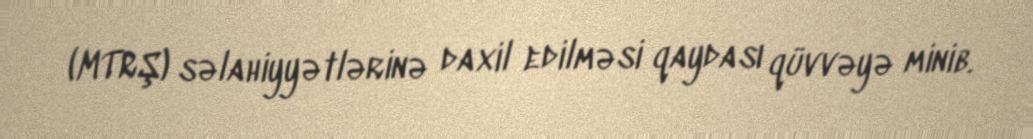
(MTRŞ) səlahiyyətlərinə daxil edilməsi qaydası qüvvəyə minib.